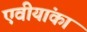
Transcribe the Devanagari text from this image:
एवीयांका